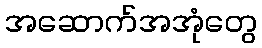
အဆောက်အအုံတွေ